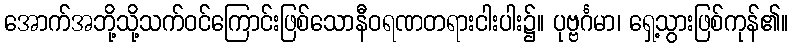
အောက်အဘို့သို့သက်ဝင်ကြောင်းဖြစ်သောနီဝရဏတရားငါးပါး၌။ ပုဗ္ဗင်္ဂမာ၊ ရှေ့သွားဖြစ်ကုန်၏။